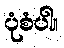
ပုံစံပါ။